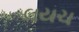
લયચ